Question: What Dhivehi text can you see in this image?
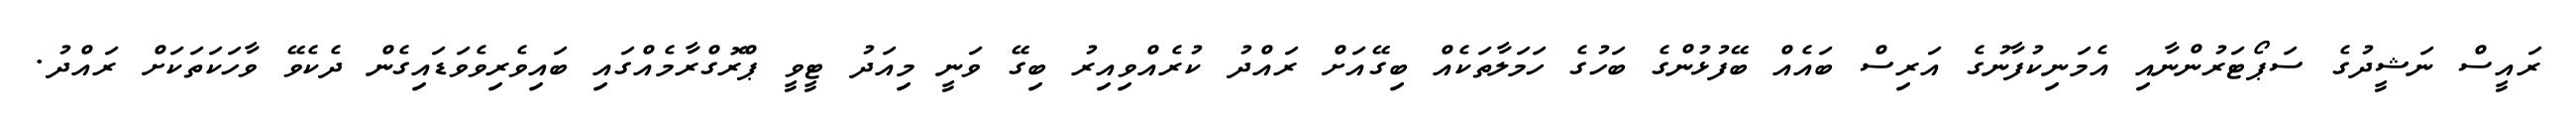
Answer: ރައީސް ނަޝީދުގެ ސަޕޯޓަރުންނާއި އެމަނިކުފާނުގެ އަރިސް ބައެއް ބޭފުޅުންގެ ބަހުގެ ހަމަލާތަކެއް ބިގޭއަށް ރައްދު ކުރެއްވިއިރު ބިގޭ ވަނީ މިއަދު ޓީވީ ޕްރޮގްރާމެއްގައި ބައިވެރިވެވަޑައިގެން ދެކެވޭ ވާހަކަތަކަށް ރައްދު.